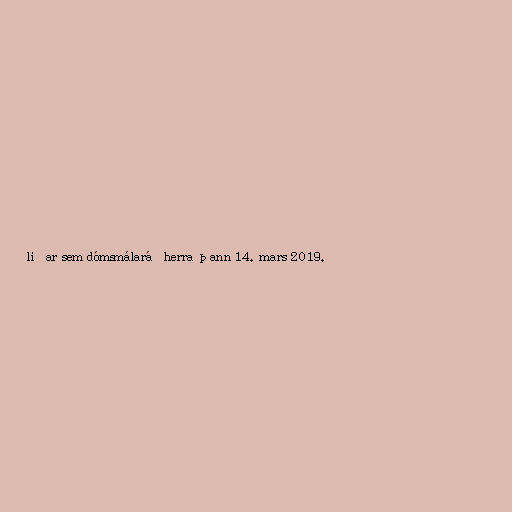
liðar sem dómsmálaráðherra þann 14. mars 2019.